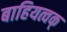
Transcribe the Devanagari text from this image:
बाहियत्वक्‌